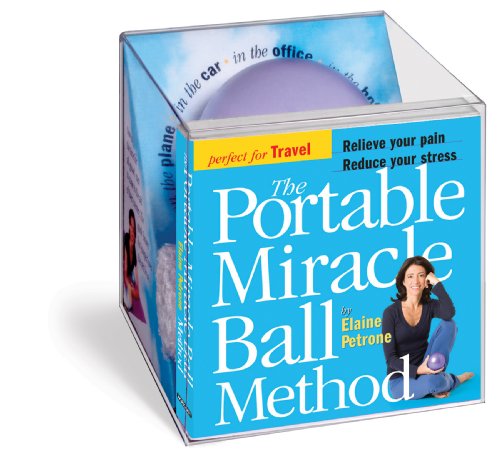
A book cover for The Portable Miracle Ball Method; Elaine Petrone; Health, Fitness & Dieting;